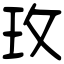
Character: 玫